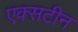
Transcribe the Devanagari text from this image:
एक्सटीन